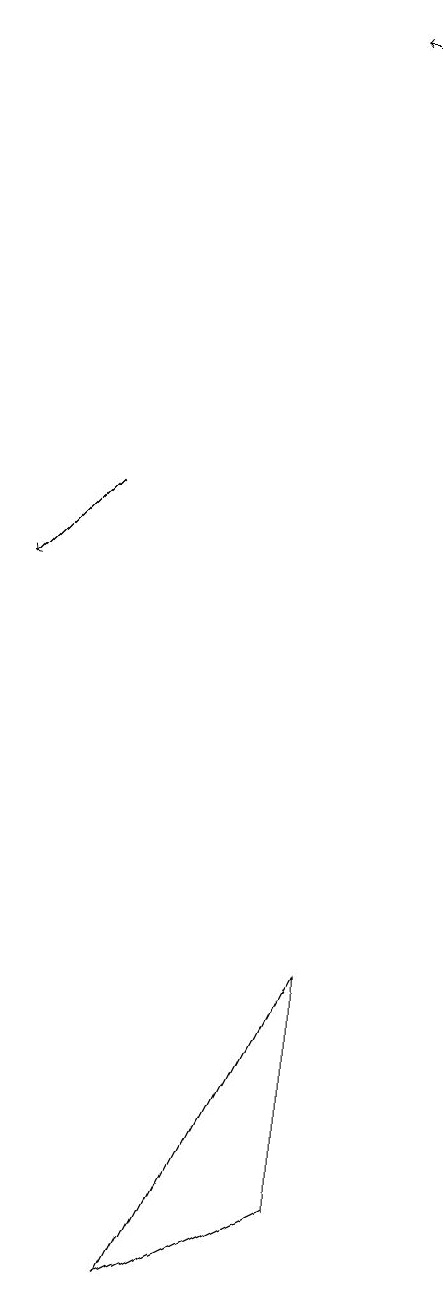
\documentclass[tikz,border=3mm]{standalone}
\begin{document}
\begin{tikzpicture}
\draw[->] (8,19) -- (7,19);
\draw (7,4) -- (5,3) -- (7,7) -- cycle;
\draw[->] (4,13) -- (3,12);
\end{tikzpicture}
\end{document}